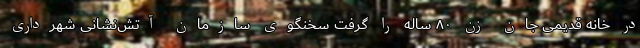
در خانه قدیمی جان زن ۸۰ ساله را گرفت سخنگوی سازمان آتش‌نشانی شهرداری